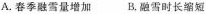
()A.春季融雪量增加 B.融雪时长缩短